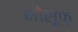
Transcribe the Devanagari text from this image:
मौसूफ़